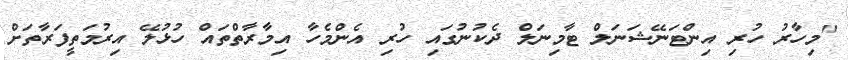
"މިހާރު ހުރި އިންޓަނޭޝަނަލް ޓާމިނަލް ދެކުނުގައި ހުރި އެންމެހާ އިމާރާތްތައް ހުޅުލޭ އިރުމަތީފަރާތަށް